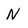
Character: N